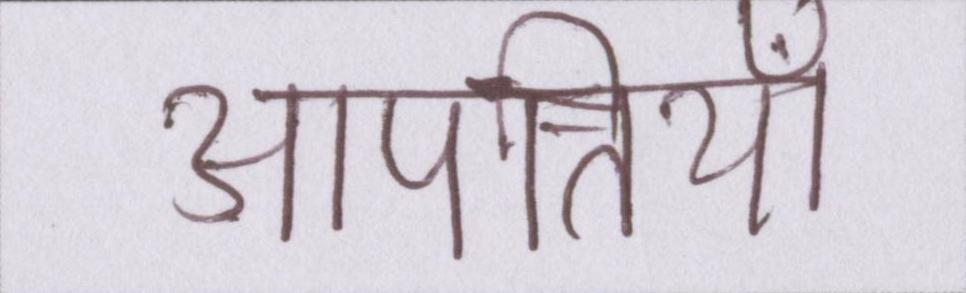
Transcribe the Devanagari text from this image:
आपत्तियाँ